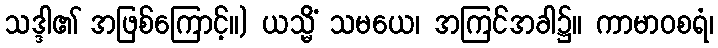
သဒ္ဒါ၏ အဖြစ်ကြောင့်။) ယသ္မိံ သမယေ၊ အကြင်အခါ၌။ ကာမာဝစရံ၊